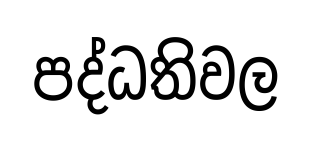
පද්ධතිවල